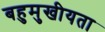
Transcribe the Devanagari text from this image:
बहुमुखीयता